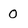
Character: 0